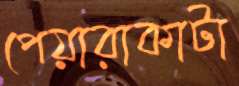
পেয়ারাকাটা